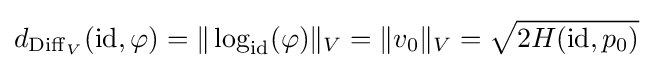
d_{\operatorname {Diff} _{V}}({\rm {id}},\varphi )=\|\log _{\rm {id}}(\varphi )\|_{V}=\|v_{0}\|_{V}={\sqrt {2H({\rm {id}},p_{0})}}